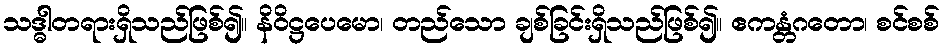
သဒ္ဓါတရားရှိသည်ဖြစ်၍။ နိဝိဋ္ဌပေမော၊ တည်သော ချစ်ခြင်းရှိသည်ဖြစ်၍။ ဧကန္တံဂတော၊ စင်စစ်